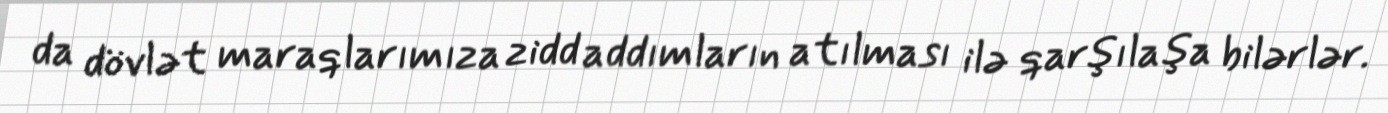
da dövlət maraqlarımıza zidd addımların atılması ilə qarşılaşa bilərlər.